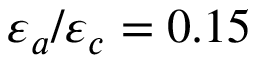
\varepsilon _ { a } / \varepsilon _ { c } = 0 . 1 5